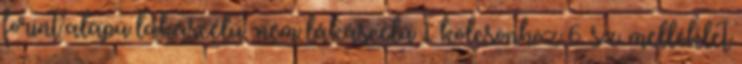
forint alapú lakáscélú nem lakáscélú 1 kölcsönhöz 6. sz. melléklet